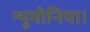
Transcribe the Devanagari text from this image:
न्यूमोनिया।